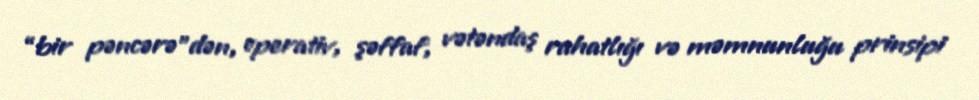
“bir pəncərə”dən, operativ, şəffaf, vətəndaş rahatlığı və məmnunluğu prinsipi